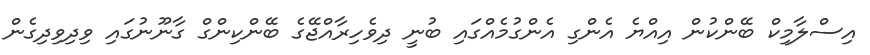
އިސްލާމިކް ބޭންކުން އިއްޔެ އެންގި އެންގުމެއްގައި ބުނީ ދިވެހިރާއްޖޭގެ ބޭންކިންގް ގާނޫނުގައި ވިދިވިދިގެން